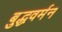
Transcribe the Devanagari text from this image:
बुद्धवर्मन